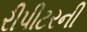
રીપીટરની